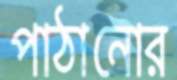
পাঠানোর